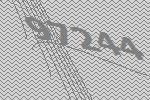
97244